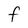
Character: F